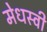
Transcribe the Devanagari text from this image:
मेधस्वी